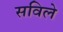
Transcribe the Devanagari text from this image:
सविले